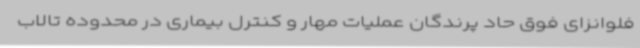
فلوانزای فوق حاد پرندگان عملیات مهار و کنترل بیماری در محدوده تالاب